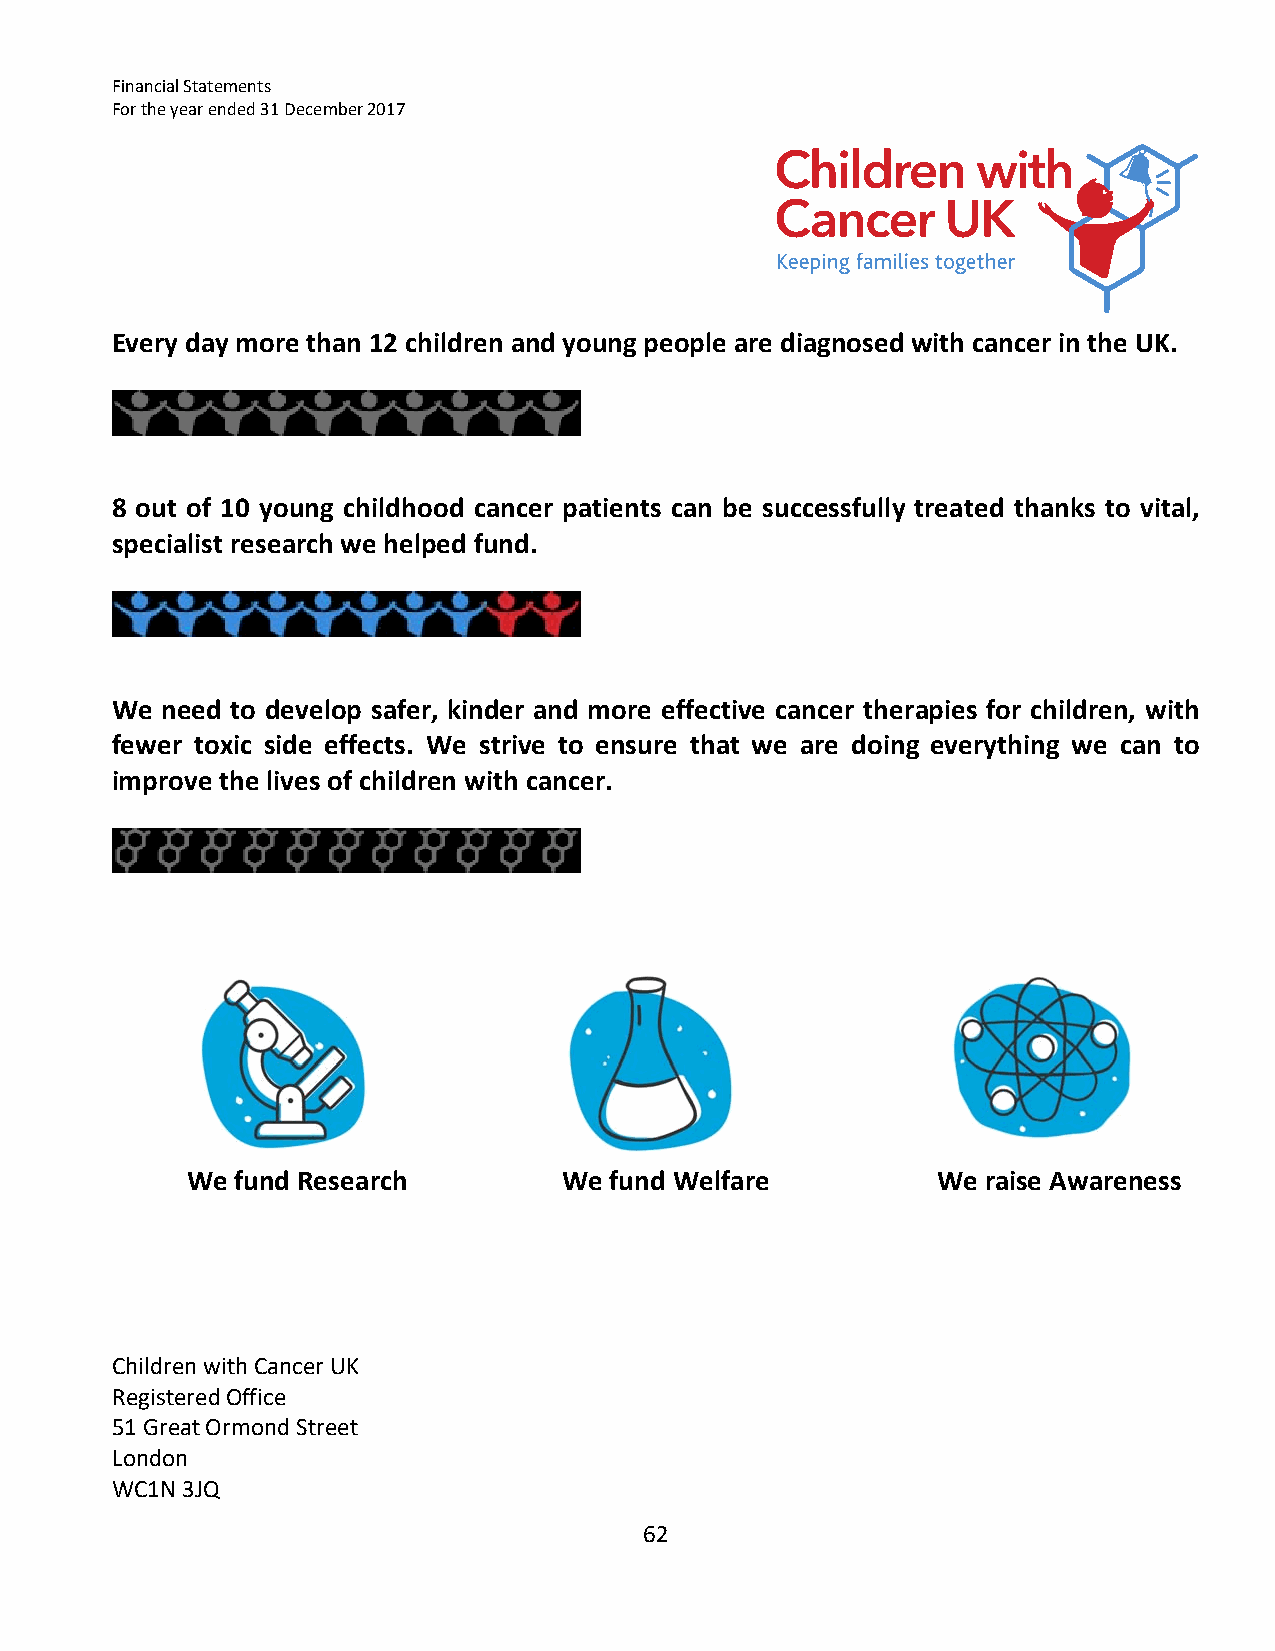
Financial Statements
 For the year ended 31 December 2017
 Every day more than 12 children and young people are diagnosed with cancer in the UK.
 8 out of 10 young childhood cancer patients can be successfully treated thanks to vital,
 specialist research we helped fund.
 We  need to develop safer, kinder and more effective cancer therapies for children, with
 fewer toxic side effects. We strive to ensure that we are doing everything we can to
 improve the lives of children with cancer.
 We  fund Research        We fund Welfare          We raise Awareness
 Children with Cancer UK
 Registered Office
 51 Great Ormond Street
 London
 WC1N 3JQ
 62